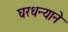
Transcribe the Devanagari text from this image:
घरधन्याने